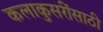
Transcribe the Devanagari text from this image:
कलाकुसरींसाठी